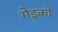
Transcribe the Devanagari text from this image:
गेइको